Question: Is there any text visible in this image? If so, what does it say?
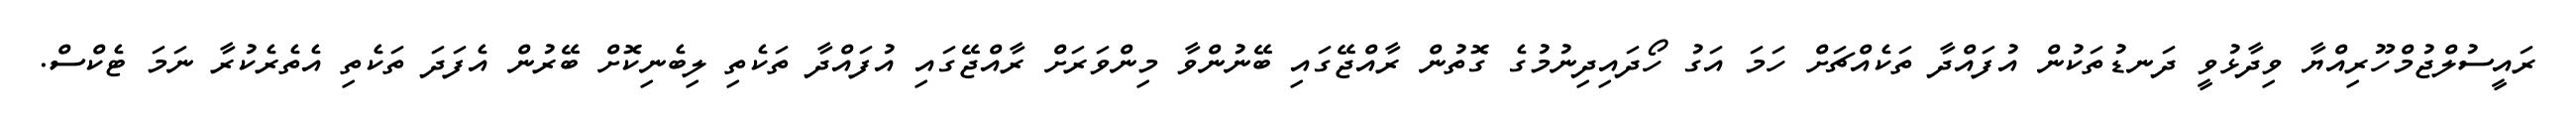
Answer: ރައީސުލްޖުމްހޫރިއްޔާ ވިދާޅުވީ ދަނޑުތަކުން އުފައްދާ ތަކެއްޗަށް ހަމަ އަގު ހޯދައިދިނުމުގެ ގޮތުން ރާއްޖޭގައި ބޭނުންވާ މިންވަރަށް ރާއްޖޭގައި އުފައްދާ ތަކެތި ލިބެނިކޮށް ބޭރުން އެފަދަ ތަކެތި އެތެރެކުރާ ނަމަ ޓެކްސް.